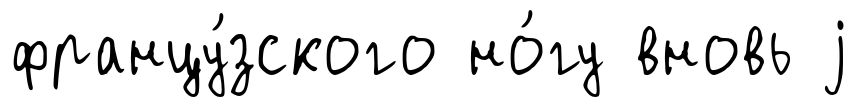
францу́зского но́гу вновь j